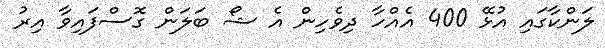
ލަންކާގައި އުޅޭ 400 އެއްހާ ދިވެހިން އެ ޝޯ ބަލަން ގޮސްފައިވާ އިރު